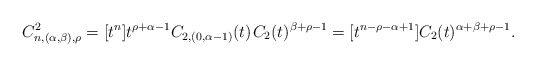
\begin{align*}C^2_{n,(\alpha,\beta),\rho} = [t^n] t^{\rho + \alpha - 1} C_{2,(0,\alpha-1)}(t) \kern+1pt C_2(t)^{\beta + \rho - 1} = [t^{n-\rho-\alpha+1}]C_2(t)^{\alpha+\beta+\rho-1}.\end{align*}